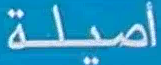
أصيلة